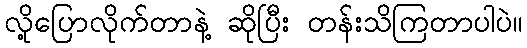
လို့ပြောလိုက်တာနဲ့ ဆိုပြီး တန်းသိကြတာပါပဲ။